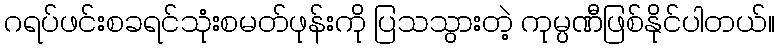
ဂရပ်ဖင်းစခရင်သုံးစမတ်ဖုန်းကို ပြသသွားတဲ့ ကုမ္ပဏီဖြစ်နိုင်ပါတယ်။